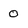
Character: 0